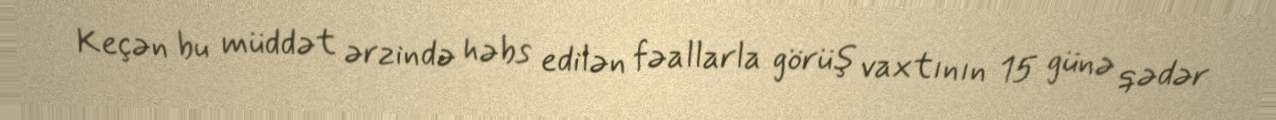
Keçən bu müddət ərzində həbs edilən fəallarla görüş vaxtının 15 günə qədər